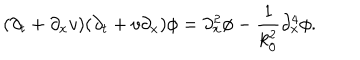
( \partial _ { t } + \partial _ { x } v ) ( \partial _ { t } + v \partial _ { x } ) \phi = \partial _ { x } ^ { 2 } \phi - \frac { 1 } { k _ { 0 } ^ { 2 } } \partial _ { x } ^ { 4 } \phi .